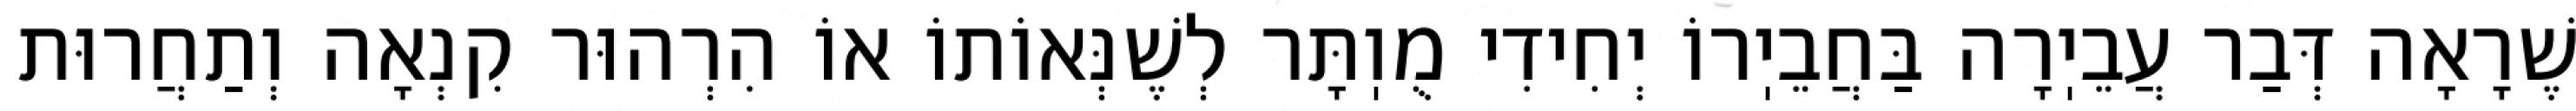
שֶׁרָאָה דְּבַר עֲבֵיֽרָה בַּחֲבֵיֽרוֹ יְחִידִי מֻוֽתָּר לְשֶׁנְּאוֹתוֹ אוֹ הִרְהוּר קִנְאָה וְתַחֲרוּת